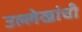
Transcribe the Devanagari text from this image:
उल्लेखांची